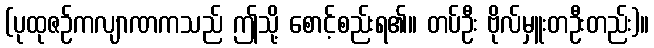
(ပုထုဇဉ်ကလျာဏကသည် ဤသို့ စောင့်စည်းရ၏။ တပ်ဦး ဗိုလ်မှူးတဦးတည်း)။